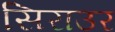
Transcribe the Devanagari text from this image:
सिराउर